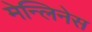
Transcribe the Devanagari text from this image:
मेन्लिनेस